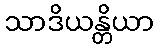
သာဒိယန္တိယာ